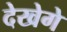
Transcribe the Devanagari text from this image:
देखेगे